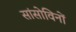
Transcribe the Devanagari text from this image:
सांसोविनों